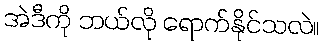
အဲဒီကို ဘယ်လို ရောက်နိုင်သလဲ။